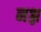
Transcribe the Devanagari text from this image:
नश्ल